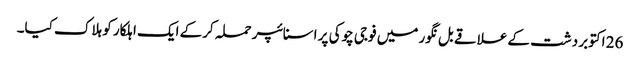
26 اکتوبر دشت کے علاقے بل نگور میں فوجی چوکی پر اسنائپر حملہ کرکے ایک اہلکار کو ہلاک کیا۔